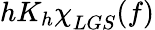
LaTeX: hK_{h}\le{\chi\smash[t]{\mathstrut}}_{LGS}(f)